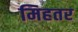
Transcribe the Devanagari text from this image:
मिहतर